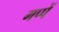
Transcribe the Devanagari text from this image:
गप्पें